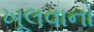
ખૂલવાનો